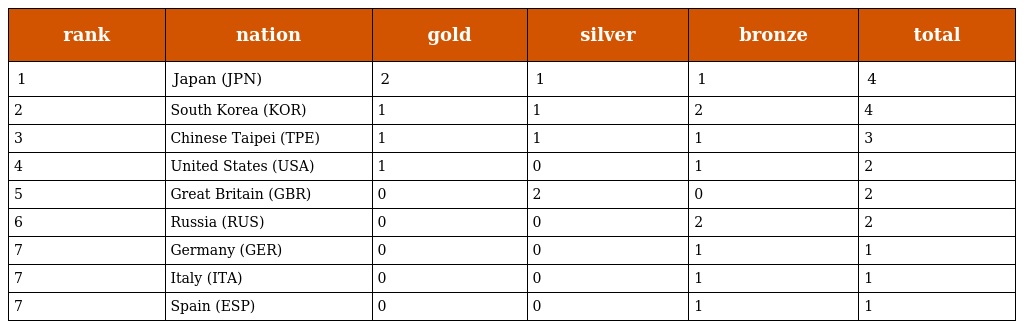
| rank | nation | gold | silver | bronze | total |
 | --- | --- | --- | --- | --- | --- |
 | 1 | Japan (JPN) | 2 | 1 | 1 | 4 |
 | 2 | South Korea (KOR) | 1 | 1 | 2 | 4 |
 | 3 | Chinese Taipei (TPE) | 1 | 1 | 1 | 3 |
 | 4 | United States (USA) | 1 | 0 | 1 | 2 |
 | 5 | Great Britain (GBR) | 0 | 2 | 0 | 2 |
 | 6 | Russia (RUS) | 0 | 0 | 2 | 2 |
 | 7 | Germany (GER) | 0 | 0 | 1 | 1 |
 | 7 | Italy (ITA) | 0 | 0 | 1 | 1 |
 | 7 | Spain (ESP) | 0 | 0 | 1 | 1 |